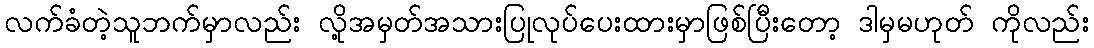
လက်ခံတဲ့သူဘက်မှာလည်း လို့အမှတ်အသားပြုလုပ်ပေးထားမှာဖြစ်ပြီးတော့ ဒါမှမဟုတ် ကိုလည်း